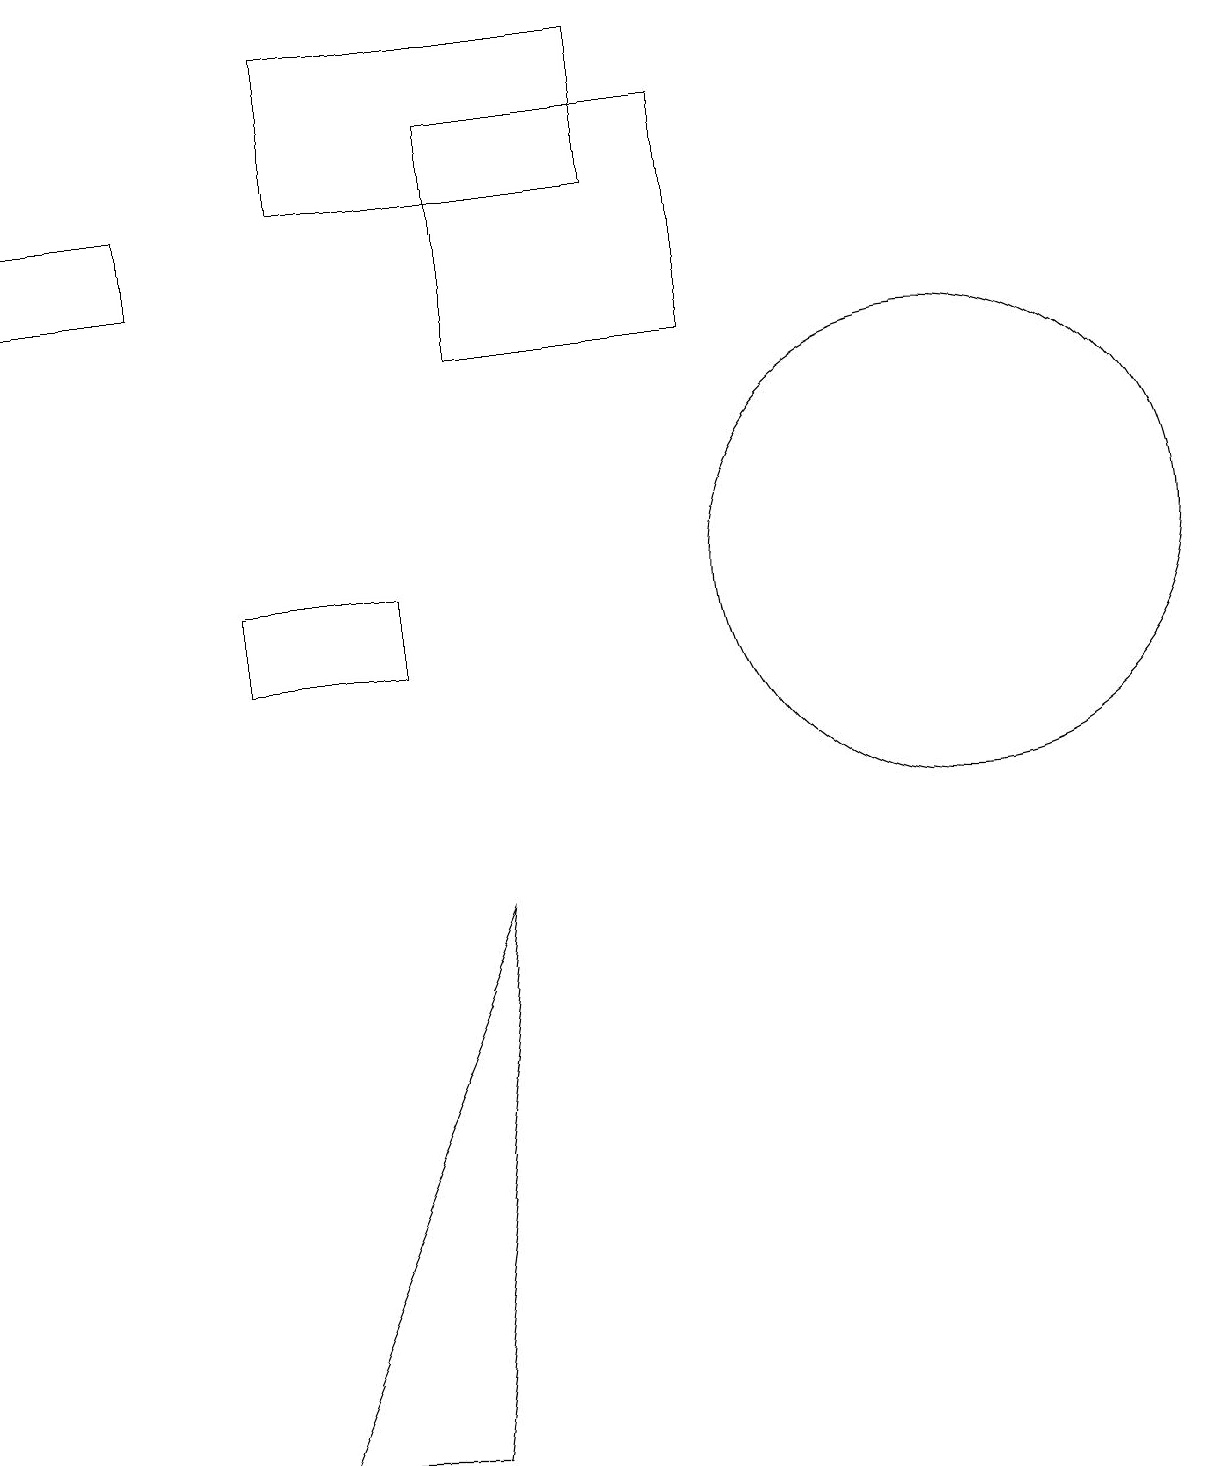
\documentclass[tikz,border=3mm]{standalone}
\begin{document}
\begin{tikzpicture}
\draw (3,10) rectangle (5,11);
\draw (5,0) -- (6,7) -- (3,0) -- cycle;
\draw (9,14) rectangle (6,17);
\draw (12,11) circle (3);
\draw (2,16) rectangle (0,15);
\draw (4,16) rectangle (8,18);
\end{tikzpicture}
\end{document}